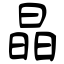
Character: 晶